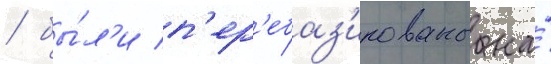
/ бы́л'и п'ер'ебаз'ированы на́